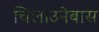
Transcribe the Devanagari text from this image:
चिलाउनेबास